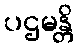
ပဌမန္တိ